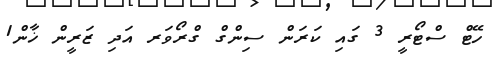
ހޭޓް ސްޓޯރީ 3 ގައި ކަރަން ސިންގް ގްރޯވަރ އަދި ޒަރީން ޚާން1